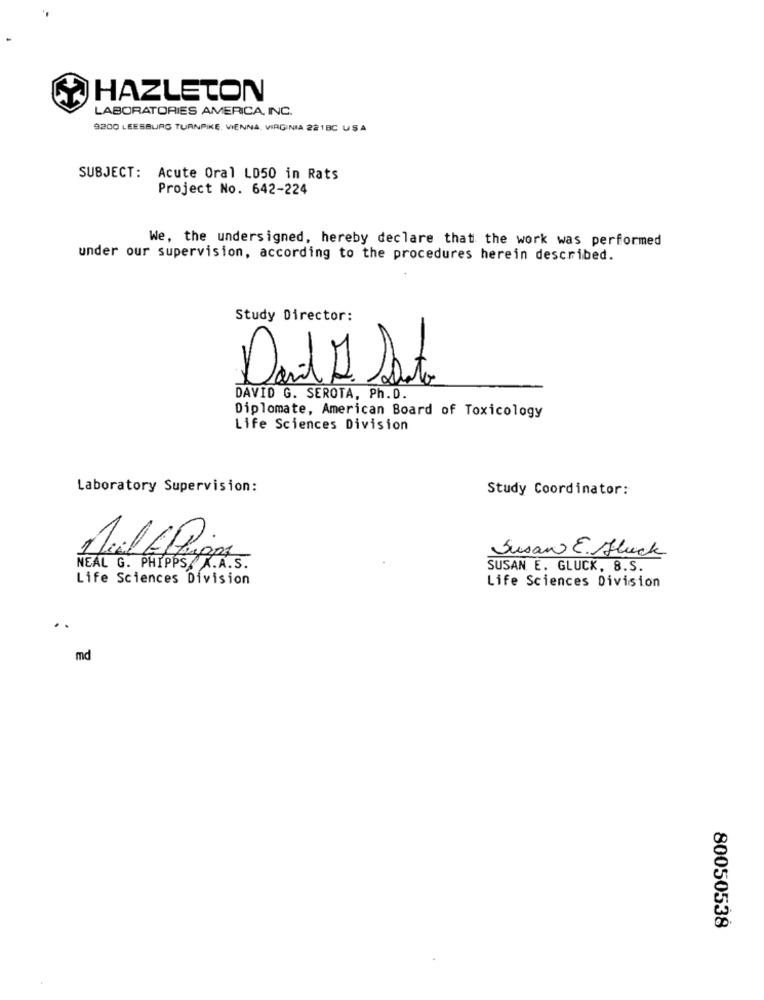
HAZLETON
LABORATORIES AMERICA, INC.
9200 LEESBURG TURNPIKE, VIENNA, VIRGINIA 221BC USA
SUBJECT: Acute Oral LD50 in Rats
Project No. 642-224
We, the undersigned, hereby declare that the work was performed
under our supervision, according to the procedures herein described.
Study Director:
Don't Do Sato
DAVID G. SEROTA, Ph.D.
Diplomate, American Board of Toxicology
Life Sciences Division
Laboratory Supervision:
Study Coordinator:
Susan E.Fluck
NEAL G. PHIPPS X.A.S.
SUSAN E. GLUCK, 8.S.
Life Sciences Division
Life Sciences Division
md
80050538